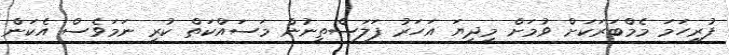
ފުރިހަމަ މެމްބަރަކަށް ވުމަށް މިދިޔަ އަހަރު ފަލަސްތީނުން މަސައްކަތް ކުރި ނަމަވެސް އެކަން